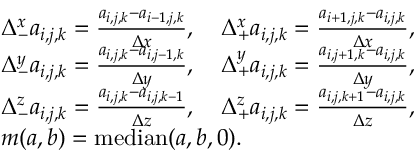
\begin{array} { r l } & { \Delta _ { - } ^ { x } a _ { i , j , k } = \frac { a _ { i , j , k } - a _ { i - 1 , j , k } } { \Delta x } , \quad \Delta _ { + } ^ { x } a _ { i , j , k } = \frac { a _ { i + 1 , j , k } - a _ { i , j , k } } { \Delta x } , } \\ & { \Delta _ { - } ^ { y } a _ { i , j , k } = \frac { a _ { i , j , k } - a _ { i , j - 1 , k } } { \Delta y } , \quad \Delta _ { + } ^ { y } a _ { i , j , k } = \frac { a _ { i , j + 1 , k } - a _ { i , j , k } } { \Delta y } , } \\ & { \Delta _ { - } ^ { z } a _ { i , j , k } = \frac { a _ { i , j , k } - a _ { i , j , k - 1 } } { \Delta z } , \quad \Delta _ { + } ^ { z } a _ { i , j , k } = \frac { a _ { i , j , k + 1 } - a _ { i , j , k } } { \Delta z } , } \\ & { m ( a , b ) = \mathrm { m e d i a n } ( a , b , 0 ) . } \end{array}